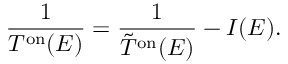
\frac { 1 } { T ^ { \mathrm { o n } } ( E ) } = \frac { 1 } { \tilde { T } ^ { \mathrm { o n } } ( E ) } - I ( E ) .